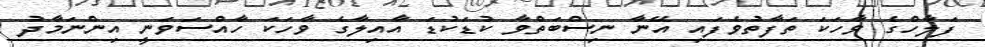
ފަލާހްގެ ވާހަކަ ތަފާތުވެފައި އޭނާ ނިސްބަތްވާ ކުޑަކުޑަ އާއިލާގެ ވާހަކަ ހާއްސަވަނީ އިންނަމާދު